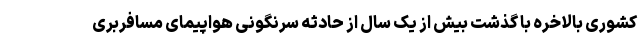
کشوری بالاخره با گذشت بیش از یک سال از حادثه سرنگونی هواپیمای مسافربری